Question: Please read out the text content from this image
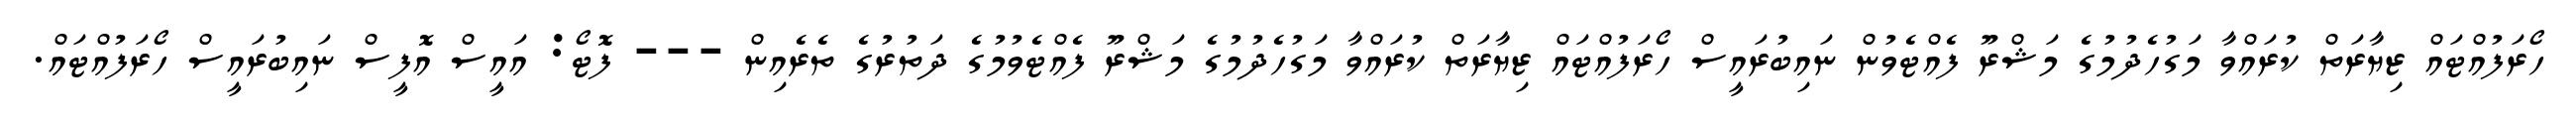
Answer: ހޯރަފުއްޓައް ޒިޔާރަތް ކުރައްވާ މަގުހެދުމުގެ މަޝްރޫ ފެއްޓެވުން ނައިބުރައީސް ހޯރަފުއްޓައް ޒިޔާރަތް ކުރައްވާ މަގުހެދުމުގެ މަޝްރޫ ފެއްޓެވުމުގެ ދަތުރުގެ ތެރެއިން --- ފޮޓޯ: އައީސް އޮފީސް ނައިބުރައީސް ހޯރަފުއްޓައް.